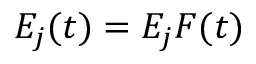
E _ { j } ( t ) = E _ { j } F ( t )